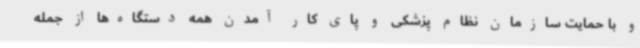
و با حمایت سازمان نظام پزشکی و پای کار آمدن همه دستگاه‌ها از جمله